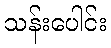
သန်းပေါင်း